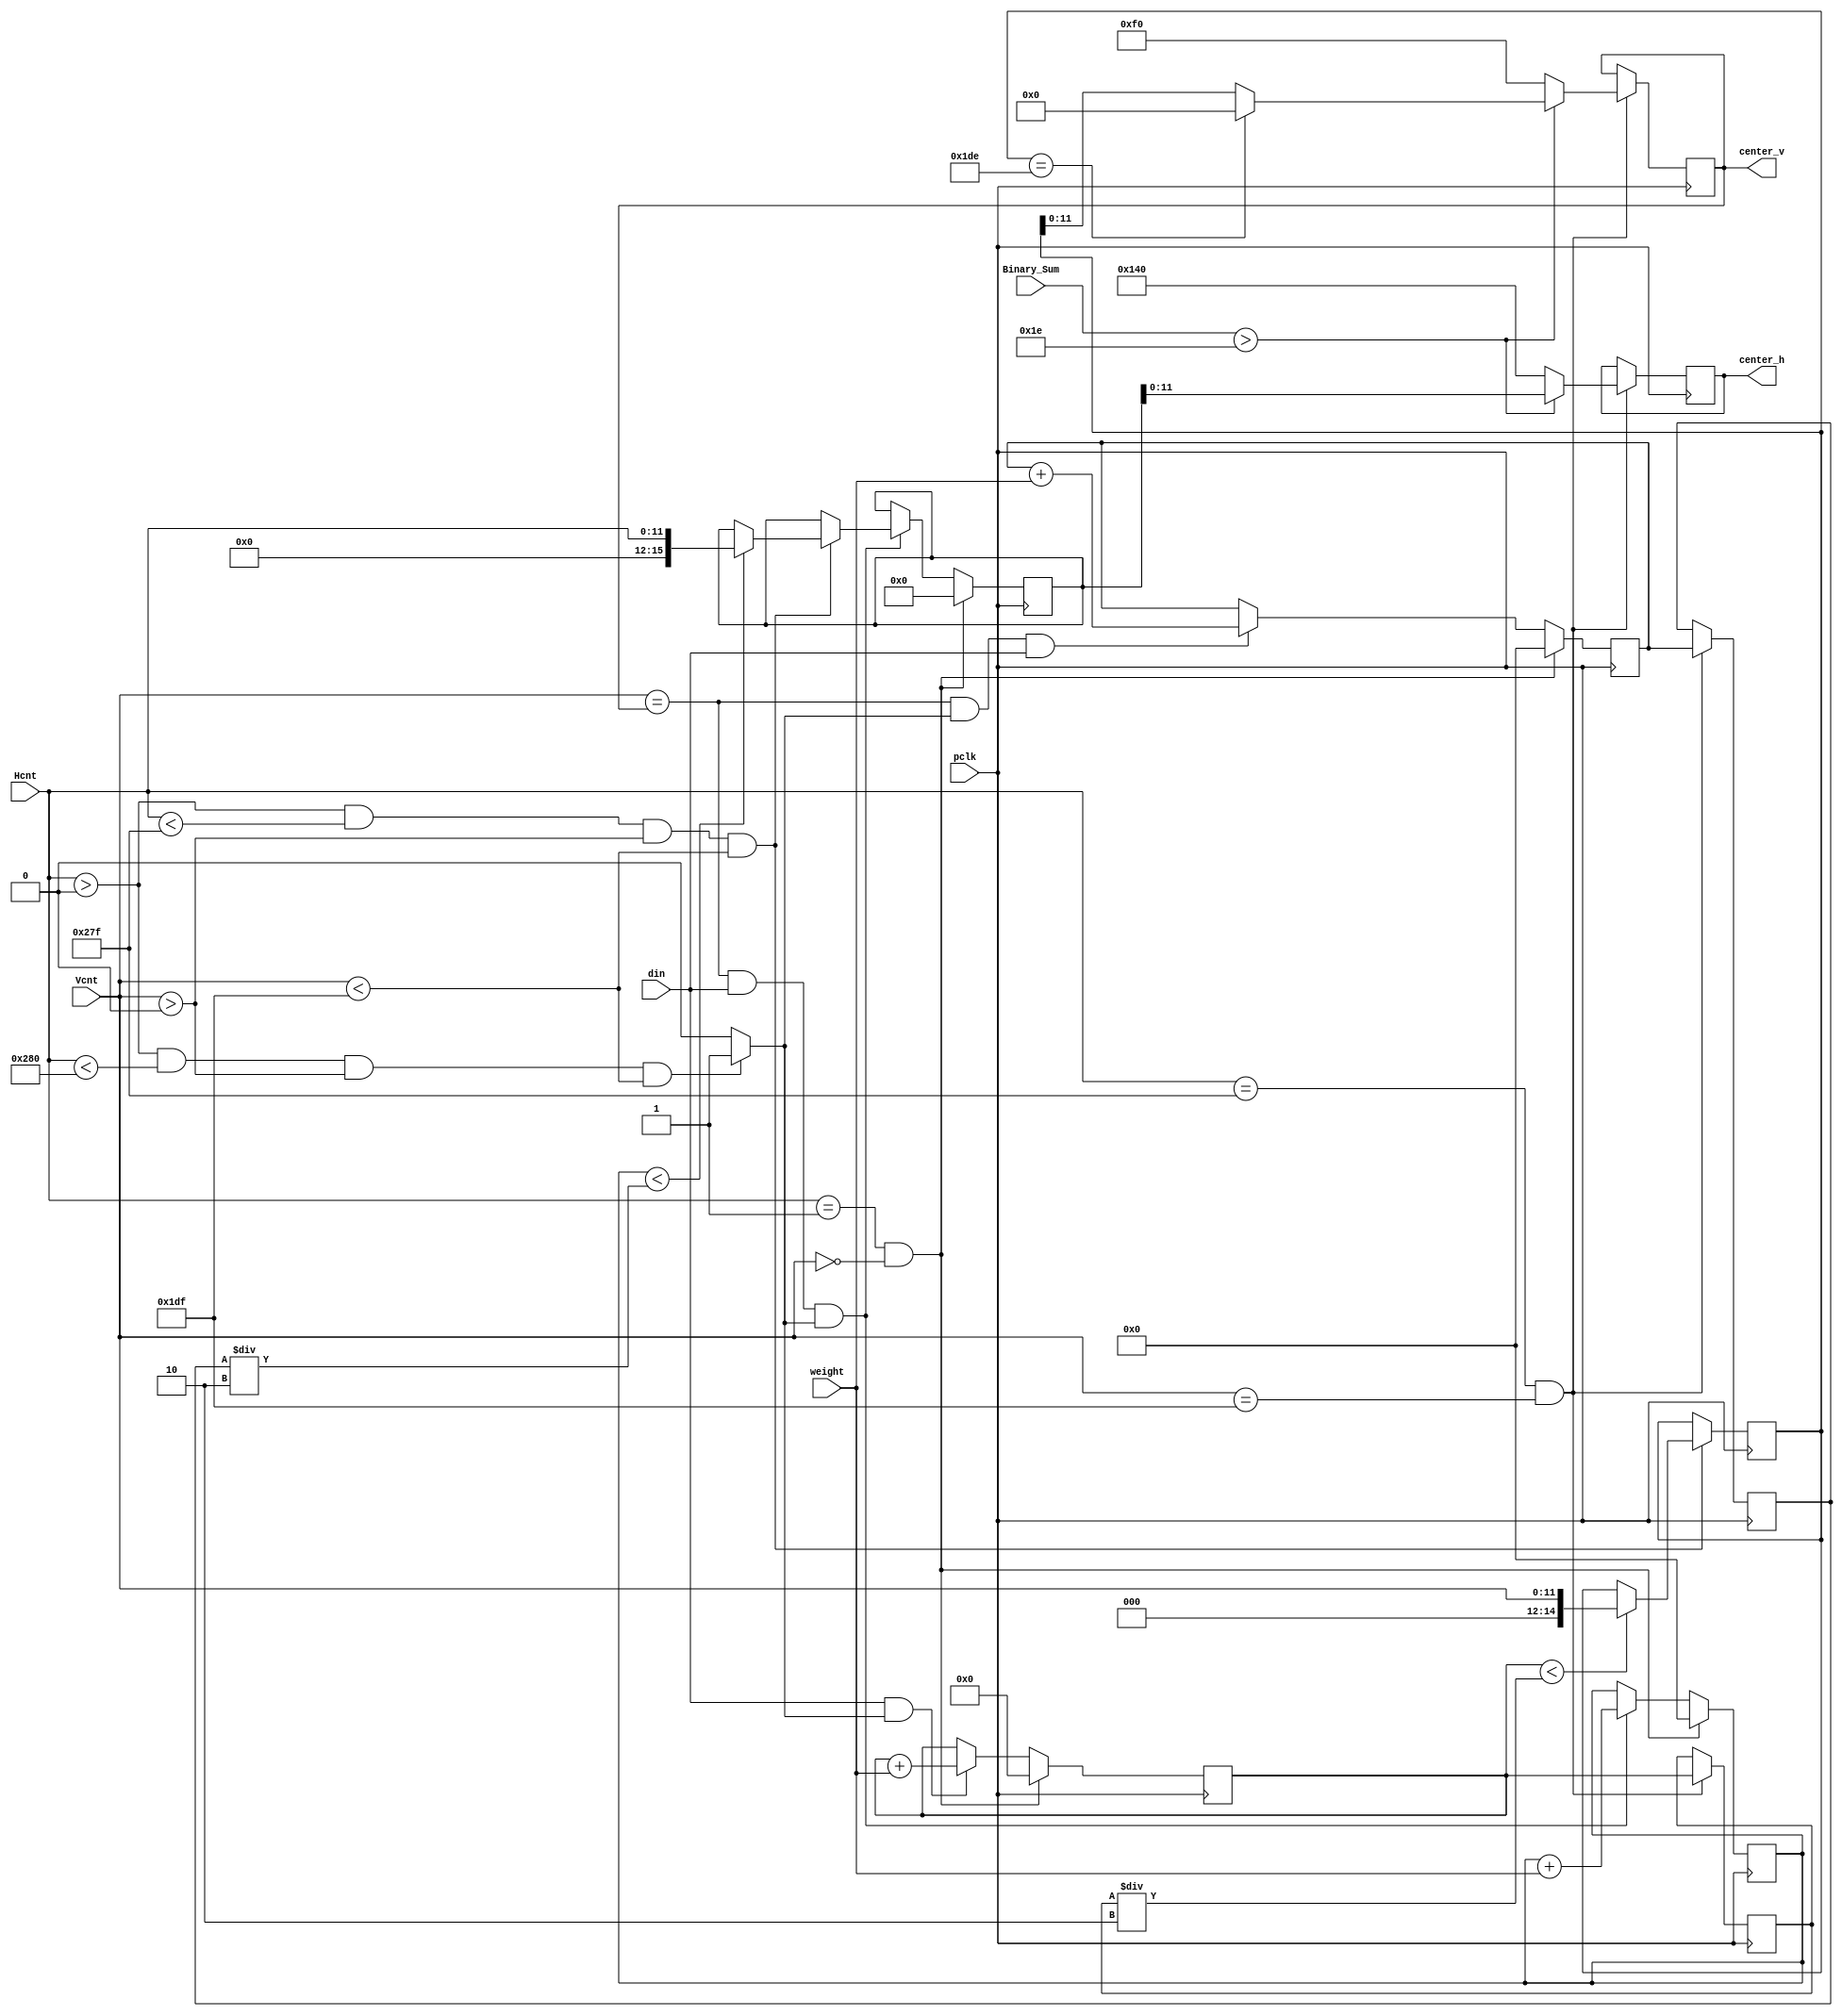
`timescale 1ns / 1ps
module center(
input                pclk,  			
input                din,  			
input [11:0]         Hcnt,  	
input [11:0]         Vcnt,		
output reg[11:0]    center_h, 
output reg [11:0]   center_v, 	
input [20:0]         Binary_Sum,
input [3:0] weight
);
	
reg [24:0]        num; 	
reg [24:0]        num_cnt; 
reg [15:0]        h_cnt;	
reg [14:0]        v_cnt;	
reg [14:0]        center_line_num; 
reg [14:0]        H_num_cnt;
reg [14:0]        center_line_num_cnt; 

reg en;
always@(*) begin//
	if(Hcnt>0 && Hcnt<640 && Vcnt>0 && Vcnt<479) 
		en<= 1;
	else
		en<= 0;
end


always@(posedge pclk) begin
	if(Hcnt==1 && Vcnt==0) 
		begin
			num_cnt<= 0;
		end
	else
		if(din==1 && en==1) num_cnt<= num_cnt+weight;
		else	   			num_cnt<= num_cnt;
end

always@(posedge pclk) begin//center_vcenter_line_num/2,x
	if(Hcnt==1 && Vcnt==0) 
		begin
			 H_num_cnt<= 0;
			 h_cnt<= 0;
		end
	else
		if(Vcnt==center_v &&din==1 && en==1)begin H_num_cnt<= H_num_cnt+weight;
		   if(Hcnt>0 && Hcnt<639 && Vcnt>0 && Vcnt<479) begin
            if(H_num_cnt<center_line_num/2)
             h_cnt<= Hcnt;
            else			 
             h_cnt<= h_cnt;
             end
		end
		else	   			
		     H_num_cnt<= H_num_cnt;
end
always@(posedge pclk) begin//num_cntnumy
if(Hcnt>0 && Hcnt<639 && Vcnt>0 && Vcnt<479) begin
	if(num_cnt<num/2) v_cnt<= Vcnt;
	else			  v_cnt<= v_cnt;
	end
end


always@(posedge pclk) begin
	if(Hcnt==1 && Vcnt==0) 
		begin
			center_line_num_cnt<= 0;
		end
	else
		if(Vcnt==center_v && en==1 &&din==1) 
			center_line_num_cnt<= center_line_num_cnt + weight;
		else 
			center_line_num_cnt<= center_line_num_cnt;
end
always@(posedge pclk) begin
	if(Hcnt==639 && Vcnt==479)begin
	    num<= num_cnt;
	    center_line_num<= center_line_num_cnt;
	    if(Binary_Sum> 30)begin
            center_v<= (v_cnt==478 )? 0 : v_cnt;
            center_h<=h_cnt;
	    end
	    else begin
            center_v<= 240;
            center_h<=320;
	    end
	end
end

endmodule